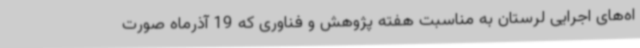
اه‌های اجرایی لرستان به مناسبت هفته پژوهش و فناوری که 19 آذرماه صورت